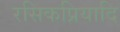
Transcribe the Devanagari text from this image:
रसिकप्रियादि